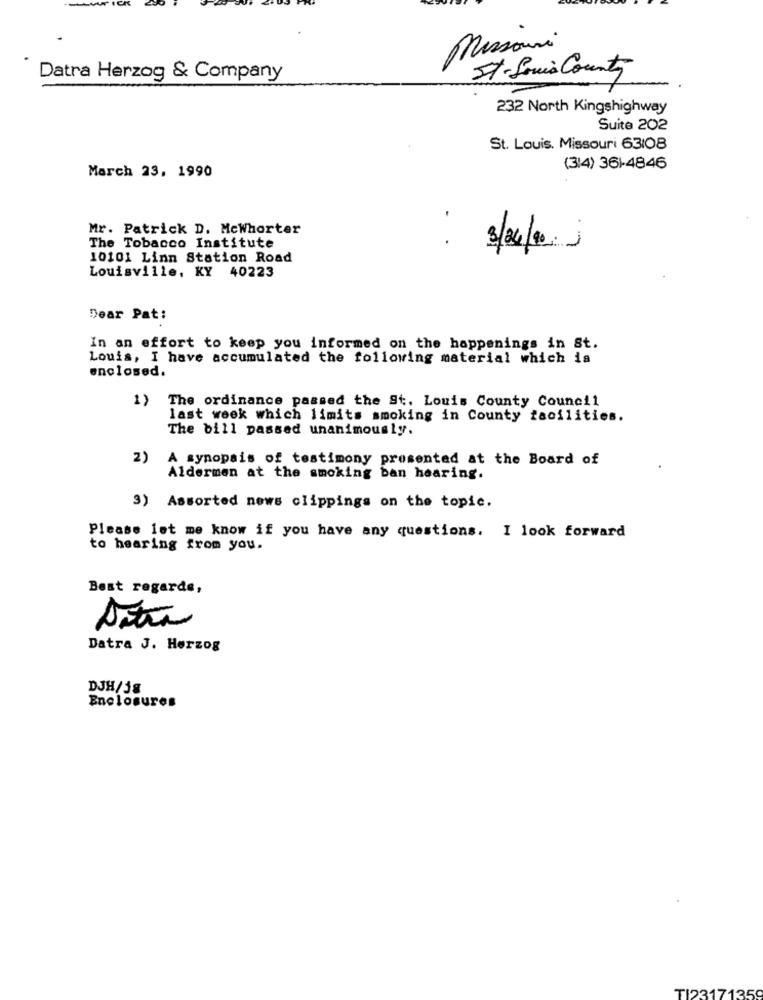
Missouri
St. Louis County
Datra Herzog & Company
232 North Kingshighway
Suite 202
St. Louis, Missouri 63/08
March 23, 1990
(314) 361-4846
Mr. Patrick D. Mcwhorter
. .
The Tobacco Institute
3/04/0. ;
10101 Linn Station Road
Louisville, KY 40223
Dear Pat:
In an effort to keep you informed on the happenings in St.
Louis, I have accumulated the following material which is
enclosed.
1) The ordinance passed the St. Louis County Council
last week which limits smoking in County facilities.
The bill passed unanimously.
2)
A synopsis of testimony presented at the Board of
Aldermen at the smoking ban hearing.
3) Assorted news clippings on the topic.
Please let me know if you have any questions. I look forward
to hearing from you.
Best regards,
Datra J. Herzog
DJH/58
Enclosures
TI23171
250